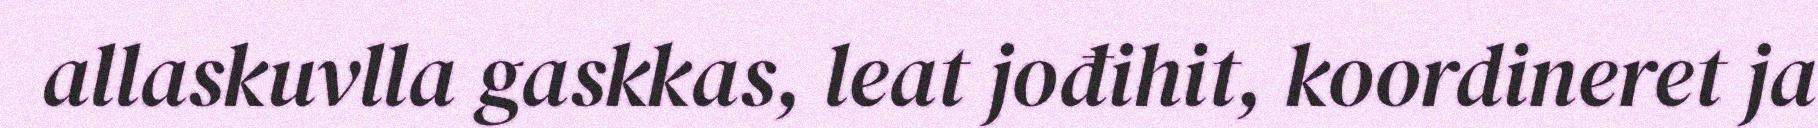
allaskuvlla gaskkas, leat jođihit, koordineret ja